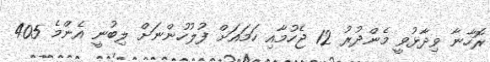
ރޮހާނާ ވިދާޅުވީ މެންދުރު 12 ޖެހުމާއި ހަމައަށް ފުލުހުންނަށް ލިބުނީ އެންމެ 405